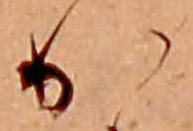
か